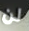
لن